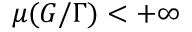
\mu ( G / \Gamma ) < + \infty